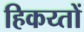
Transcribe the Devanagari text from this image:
हिकय्तों